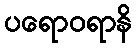
ပရောဝရာနိ